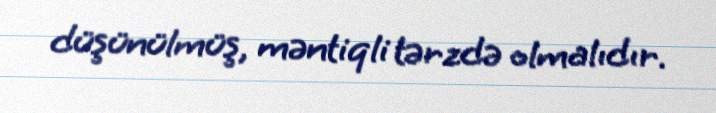
düşünülmüş, məntiqli tərzdə olmalıdır.